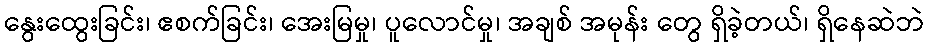
နွေးထွေးခြင်း၊ ဧစက်ခြင်း၊ အေးမြမှု၊ ပူလောင်မှု၊ အချစ် အမုန်း တွေ ရှိခဲ့တယ်၊ ရှိနေဆဲဘဲ